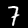
Label: 7